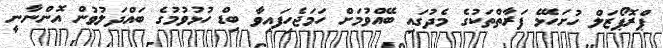
ޕްރޮޕޯޒަލް ހުށަހެޅޭ ފަރާތްތަކުގެ މެދުގައި ބޭއްވުމަށް ހަމަޖެހިފައިވާ ބިޑް ހުޅުވުމުގެ ބައްދަލުވުން އޮންނާނީ